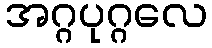
အဂ္ဂပုဂ္ဂလေ